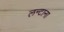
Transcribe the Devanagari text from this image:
लन्टाना